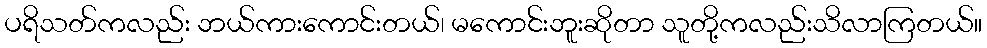
ပရိသတ်ကလည်း ဘယ်ကားကောင်းတယ်၊ မကောင်းဘူးဆိုတာ သူတို့ကလည်းသိလာကြတယ်။